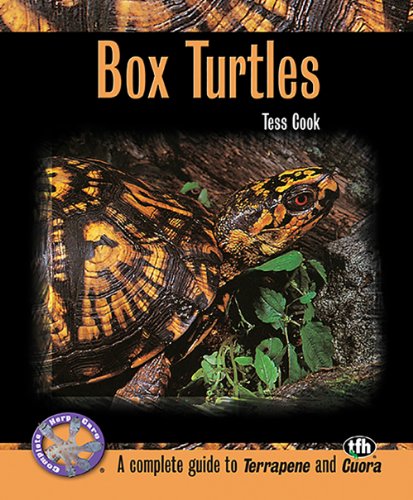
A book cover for Box Turtles (Complete Herp Care); Tess Cook; Crafts, Hobbies & Home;